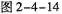
图2-4-14